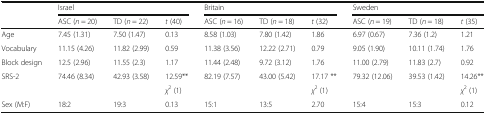
<table><thead><tr><td rowspan="2"></td><td colspan="3"><b>Israel</b></td><td colspan="3"><b>Britain</b></td><td colspan="3"><b>Sweden</b></td></tr><tr><td><b>ASC (<i>n</i> = 20)</b></td><td><b>TD (<i>n</i> = 22)</b></td><td><b><i>t</i> (40)</b></td><td><b>ASC (<i>n</i> = 16)</b></td><td><b>TD (<i>n</i> = 18)</b></td><td><b><i>t</i> (32)</b></td><td><b>ASC (<i>n</i> = 19)</b></td><td><b>TD (<i>n</i> = 18)</b></td><td><b><i>t</i> (35)</b></td></tr></thead><tbody><tr><td>Age</td><td>7.45 (1.31)</td><td>7.50 (1.47)</td><td>0.13</td><td>8.58 (1.03)</td><td>7.80 (1.42)</td><td>1.86</td><td>6.97 (0.67)</td><td>7.36 (1.2)</td><td>1.21</td></tr><tr><td>Vocabulary</td><td>11.15 (4.26)</td><td>11.82 (2.99)</td><td>0.59</td><td>11.38 (3.56)</td><td>12.22 (2.71)</td><td>0.79</td><td>9.05 (1.90)</td><td>10.11 (1.74)</td><td>1.76</td></tr><tr><td>Block design</td><td>12.5 (2.96)</td><td>11.55 (2.3)</td><td>1.17</td><td>11.44 (2.48)</td><td>9.72 (3.12)</td><td>1.76</td><td>11.00 (2.79)</td><td>11.83 (2.7)</td><td>0.92</td></tr><tr><td>SRS-2</td><td>74.46 (8.34)</td><td>42.93 (3.58)</td><td>12.59**</td><td>82.19 (7.57)</td><td>43.00 (5.42)</td><td>17.17 **</td><td>79.32 (12.06)</td><td>39.53 (1.42)</td><td>14.26**</td></tr><tr><td></td><td></td><td></td><td><i>χ</i><sup>2</sup> (1)</td><td></td><td></td><td><i>χ</i><sup>2</sup> (1)</td><td></td><td></td><td><i>χ</i><sup>2</sup> (1)</td></tr><tr><td>Sex (M:F)</td><td>18:2</td><td>19:3</td><td>0.13</td><td>15:1</td><td>13:5</td><td>2.70</td><td>15:4</td><td>15:3</td><td>0.12</td></tr></tbody></table>